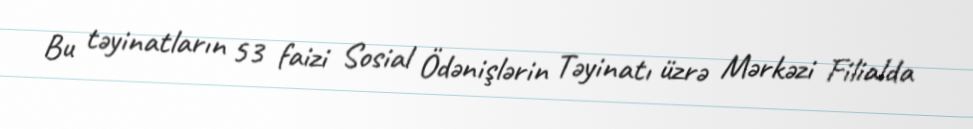
Bu təyinatların 53 faizi Sosial Ödənişlərin Təyinatı üzrə Mərkəzi Filialda